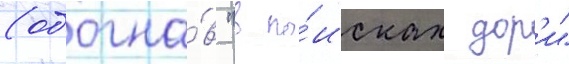
(обогна́в "в по́исках дор'и"